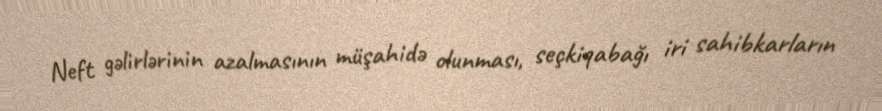
Neft gəlirlərinin azalmasının müşahidə olunması, seçkiqabağı iri sahibkarların